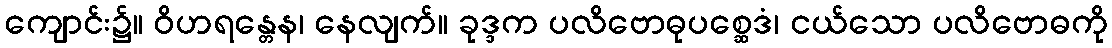
ကျောင်း၌။ ဝိဟရန္တေန၊ နေလျက်။ ခုဒ္ဒက ပလိဗောဓုပစ္ဆေဒံ၊ ငယ်သော ပလိဗောဓကို